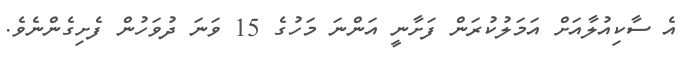
އެ ސާކިއުލާއަށް އަމަލުކުރަން ފަށާނީ އަންނަ މަހުގެ 15 ވަނަ ދުވަހުން ފެށިގެންނެވެ.